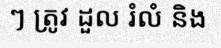
ៗ ត្រូវ ដួល រំលំ និង